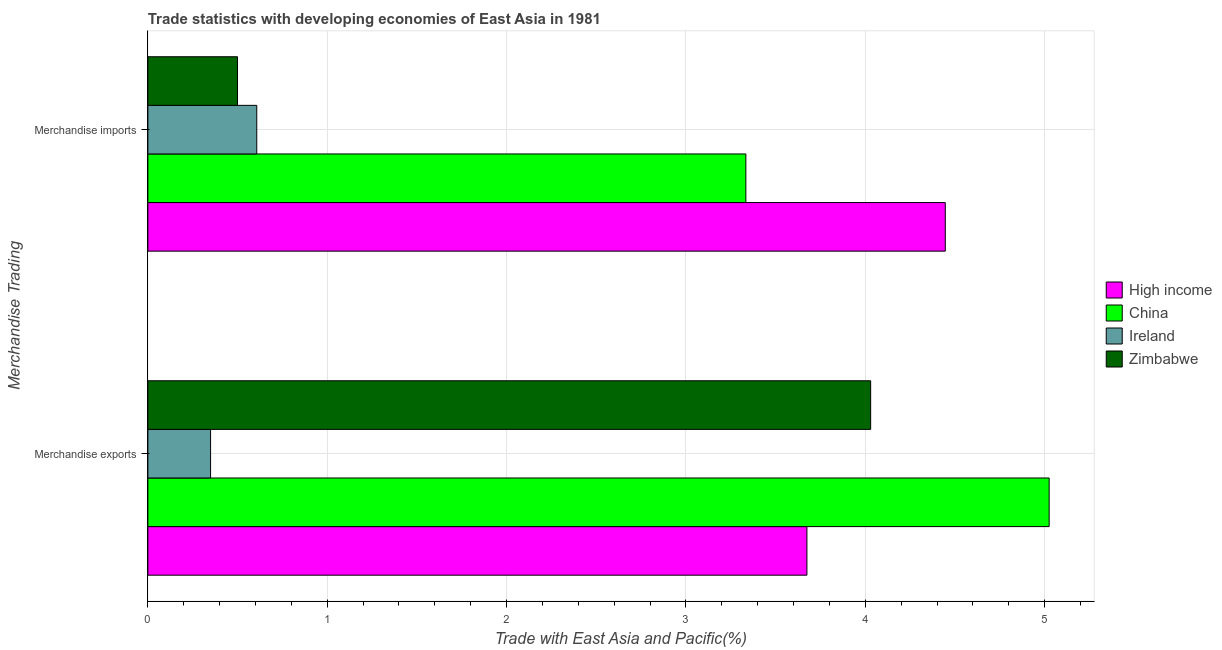
| Merchandise Trading | High income | China | Ireland | Zimbabwe |
 | --- | --- | --- | --- | --- |
 | Merchandise exports | 3.67 | 5.03 | 0.35 | 4.03 |
 | Merchandise imports | 4.45 | 3.33 | 0.607 | 0.5 |